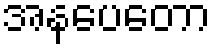
အနပေတော